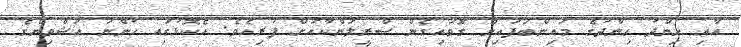
އާއި ހިންދު ހިންދުގެ މައިންބަފައިން ގޮވައިގެން ސްރީލަންކާއަށް ފުރިއެވެ. އެކޮޅުގައި ހުންނަ އަޝްވިންގެ